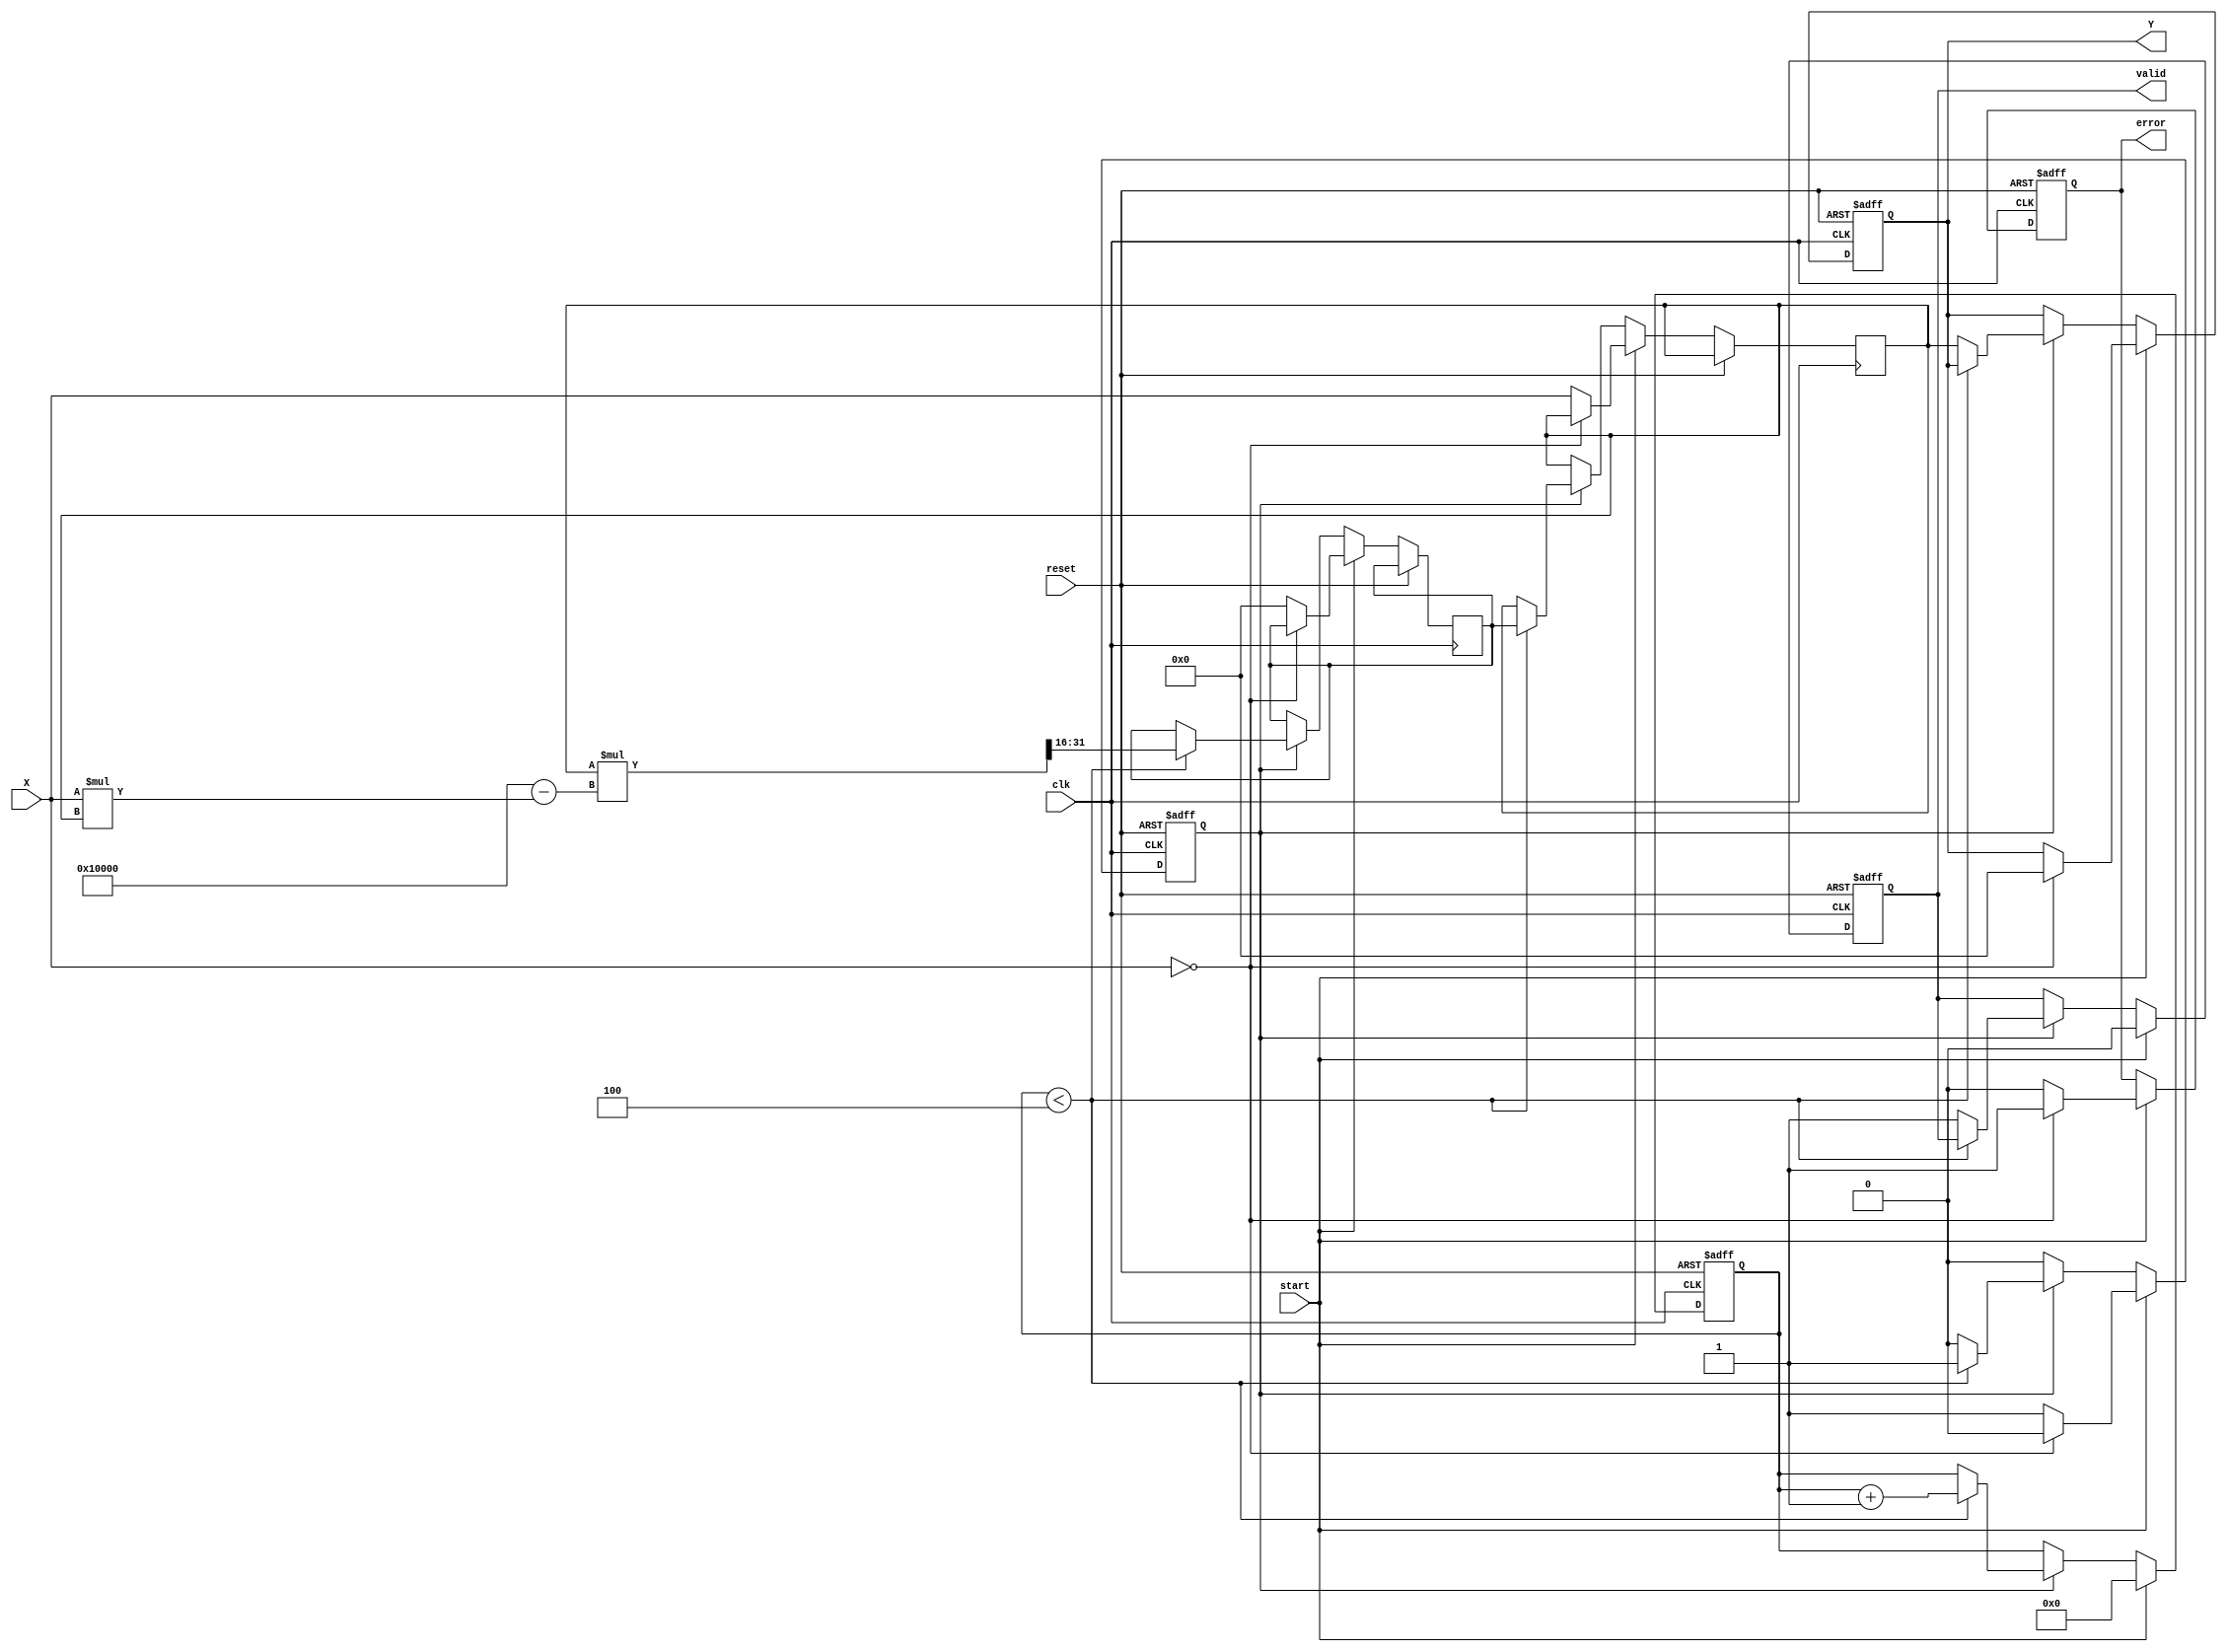
module DirectReciprocalUnit #(
    parameter WIDTH = 16, // Width of input and output data
    parameter ITERATIONS = 4 // Number of iterations for Newton-Raphson
)(
    input wire clk,
    input wire reset,
    input wire start,
    input wire [WIDTH-1:0] X, // Input data
    output reg [WIDTH-1:0] Y, // Reciprocal result
    output reg valid, // Output valid signal
    output reg error // Error flag
);

    reg [WIDTH-1:0] x_n; // Current approximation
    reg [WIDTH-1:0] x_n_plus_1; // Next approximation
    reg [3:0] count; // Iteration counter
    reg computing; // Flag to indicate if computation is in progress

    // Error handling: Check for zero input
    always @(posedge clk or posedge reset) begin
        if (reset) begin
            error <= 1'b0;
            valid <= 1'b0;
            computing <= 1'b0;
            count <= 0;
            Y <= 0;
        end else if (start) begin
            if (X == 0) begin
                error <= 1'b1; // Division by zero error
                valid <= 1'b0;
                computing <= 1'b0;
                count <= 0;
                Y <= 0;
            end else begin
                error <= 1'b0; // No error
                valid <= 1'b0;
                computing <= 1'b1;
                count <= 0;
                x_n <= X; // Initialize with input
                x_n_plus_1 <= 0;
            end
        end else if (computing) begin
            if (count < ITERATIONS) begin
                // Newton-Raphson iteration: x_n_plus_1 = x_n * (2 - X * x_n)
                x_n_plus_1 <= x_n * (2**WIDTH - X * x_n) >> WIDTH; // Shift for fixed-point
                x_n <= x_n_plus_1;
                count <= count + 1;
            end else begin
                Y <= x_n; // Final result
                valid <= 1'b1; // Output is valid
                computing <= 1'b0; // End computation
            end
        end
    end

endmodule